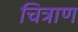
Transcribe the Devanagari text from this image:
चित्राण